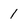
Character: 1